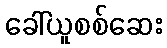
ခေါ်ယူစစ်ဆေး